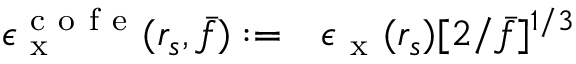
\begin{array} { r l } { \epsilon _ { \mathrm { ~ x ~ } } ^ { \mathrm { ~ c ~ o ~ f ~ e ~ } } ( r _ { s } , \bar { f } ) : = } & { { } \epsilon _ { \mathrm { ~ x ~ } } ( r _ { s } ) [ 2 / \bar { f } ] ^ { 1 / 3 } } \end{array}